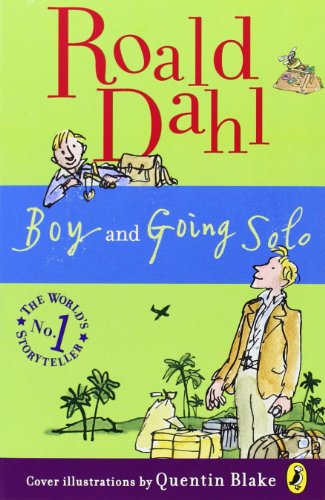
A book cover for Boy and Going Solo; Roald Dahl; Children's Books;